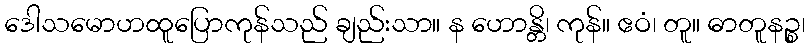
ဒေါသမောဟထူပြောကုန်သည် ချည်းသာ။ န ဟောန္တိ၊ ကုန်။ ဧဝံ၊ တူ။ ဓာတူနဉ္စ၊